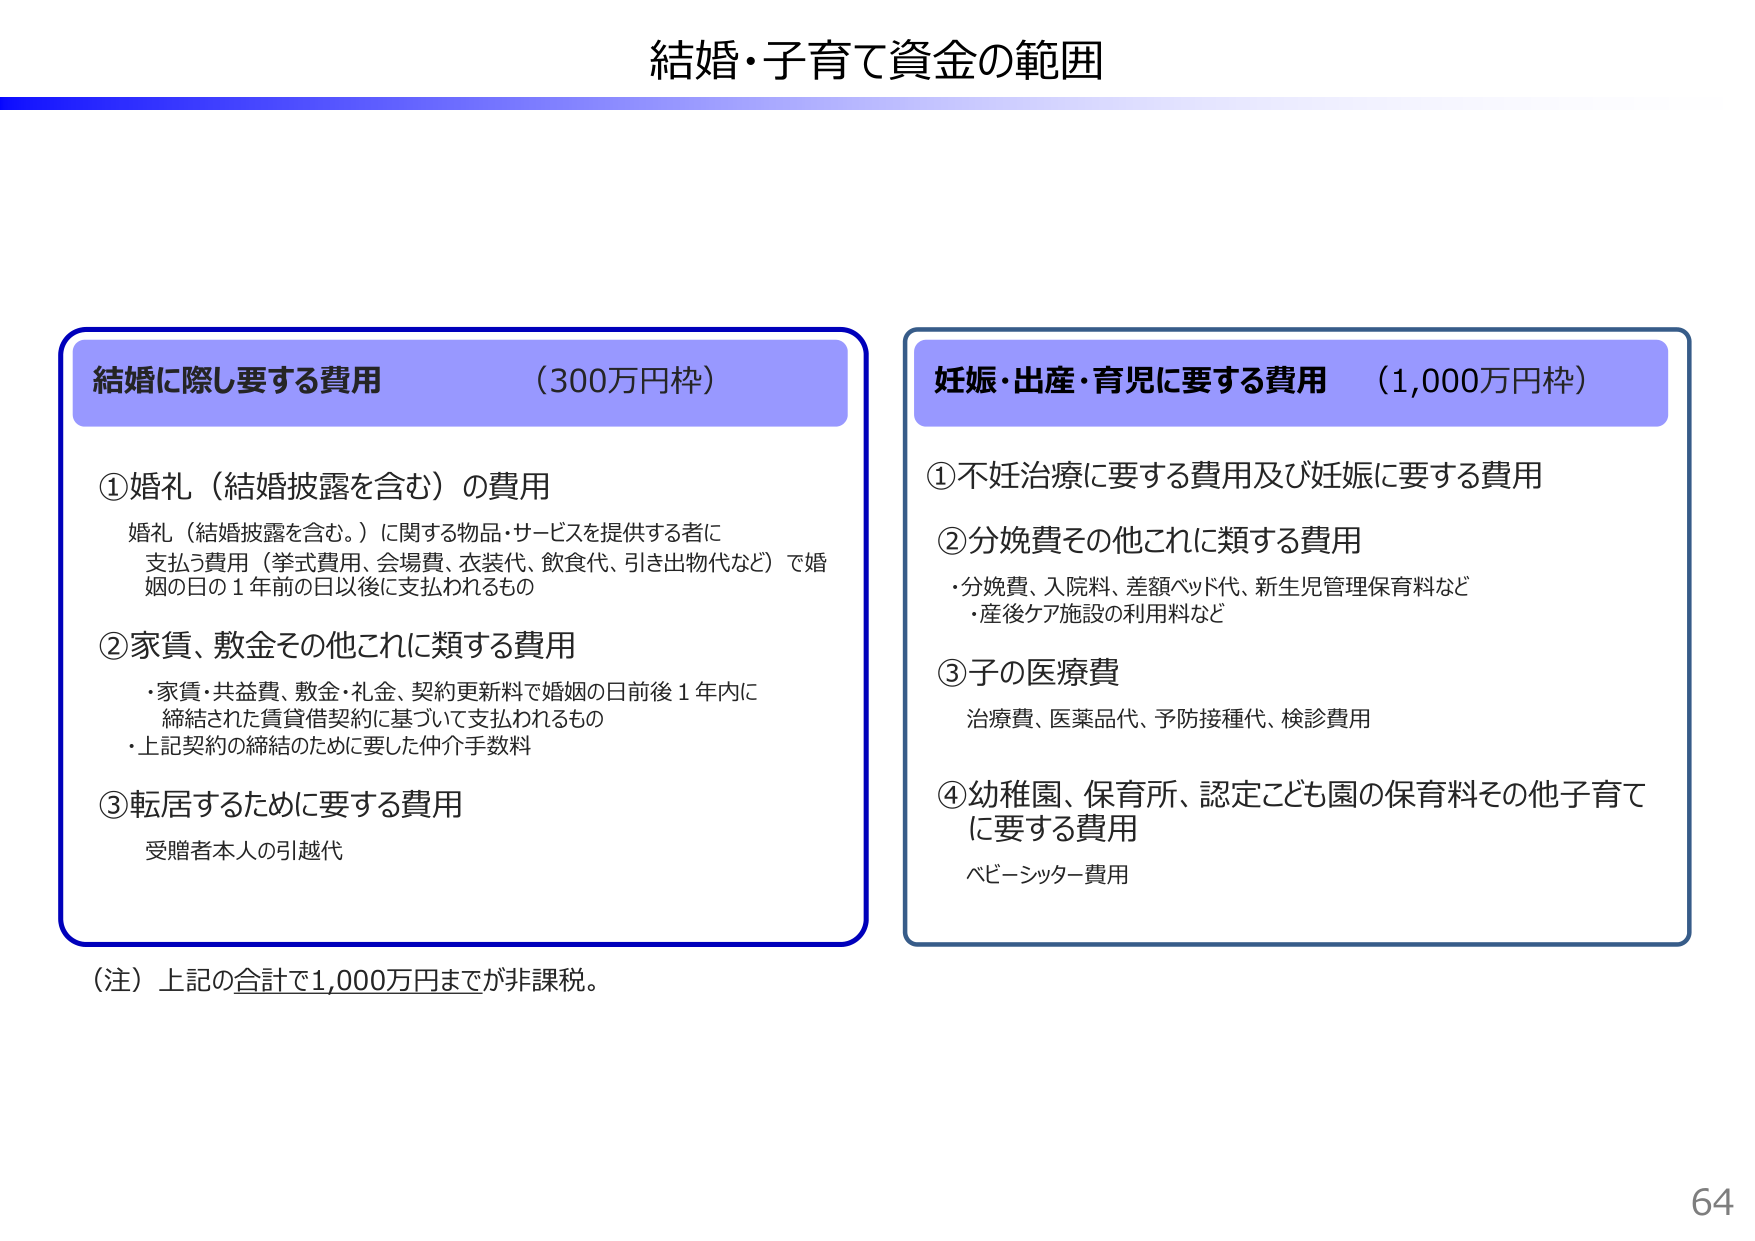
結婚・子育て資金の範囲

結婚に際し要する費用 （300万円枠）
①婚礼（結婚披露を含む）の費用
　婚礼（結婚披露を含む。）に関する物品・サービスを提供する者に
　支払う費用（挙式費用、会場費、衣装代、飲食代、引き出物代など）で婚
　姻の日の１年前の日以後に支払われるもの
②家賃、敷金その他これに類する費用
　・家賃・共益費、敷金・礼金、契約更新料で婚姻の日前後１年内に
　　締結された賃貸借契約に基づいて支払われるもの
　・上記契約の締結のために要した仲介手数料
③転居するために要する費用
　受贈者本人の引越代

（注）上記の合計で1,000万円までが非課税。

妊娠・出産・育児に要する費用 （1,000万円枠）
①不妊治療に要する費用及び妊娠に要する費用
②分娩費その他これに類する費用
　・分娩費、入院料、差額ベッド代、新生児管理保育料など
　・産後ケア施設の利用料など
③子の医療費
　治療費、医薬品代、予防接種代、検診費用
④幼稚園、保育所、認定こども園の保育料その他子育て
　に要する費用
　ベビーシッター費用

64